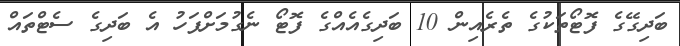
ބަދިގޭގެ ފޮޓޯތަކުގެ ތެރެއިން 10 ބަދިގެއެއްގެ ފޮޓޯ ނެގުމަށްފަހު އެ ބަދިގެ ސެޓްތައް